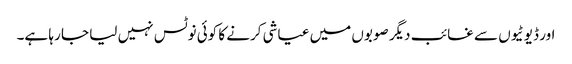
اور ڈیوٹیوں سے غائب دیگر صوبوں میں عیاشی کرنے کا کوئی نوٹس نہیں لیا جا رہا ہے۔